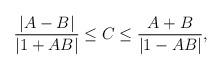
LaTeX: \begin{align*} {|A-B|\over |1+AB|} \leq C \leq {A+B \over |1-AB|},\end{align*}